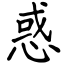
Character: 惑